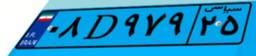
۷۱D۸۰۴۱۰